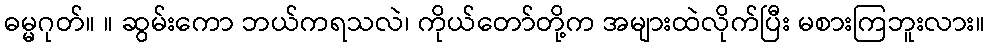
ဓမ္မဂုတ်။ ။ ဆွမ်းကော ဘယ်ကရသလဲ၊ ကိုယ်တော်တို့က အများထဲလိုက်ပြီး မစားကြဘူးလား။